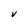
Character: V